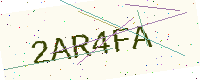
Text: 2AR4FA